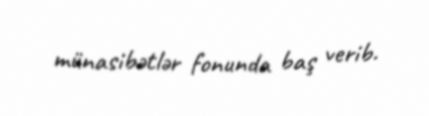
münasibətlər fonunda baş verib.